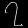
Digit: ၇